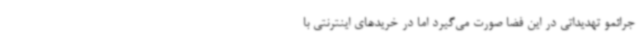
جرائمو تهدیداتی در این فضا صورت می‌گیرد اما در خریدهای اینترنتی با